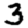
Digit: 3